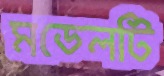
মডেলটি